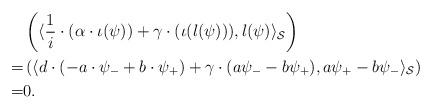
LaTeX: \begin{align*}& \left(\langle \frac{1}{i} \cdot \left(\alpha \cdot \iota(\psi) \right) + \gamma \cdot (\iota(l(\psi))) , l(\psi) \rangle_{\mathcal{S}}\right) \\= & \left(\langle d \cdot \left(-a \cdot \psi_- + b \cdot \psi_+ \right) + \gamma \cdot (a \psi_- - b \psi_+), a\psi_+ - b \psi_- \rangle_{\mathcal{S}}\right) \\=&0.\end{align*}